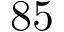
8 5